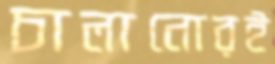
চালানোরই